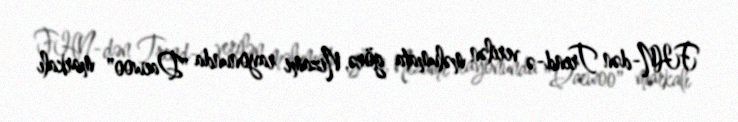
FHN-dən Trend-ə verilən məlumata görə, Nizami rayonunda "Daewoo" markalı